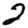
Digit: 2